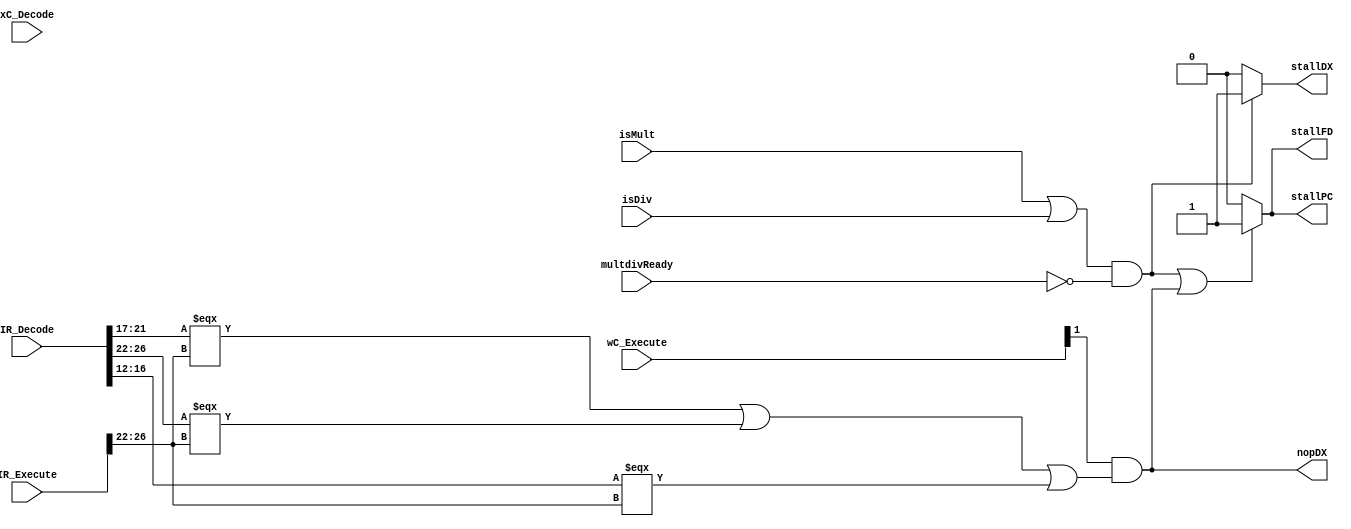
module stallUnit(IR_Decode, IR_Execute, wC_Execute, xC_Decode, isMult, isDiv, multdivReady, stallPC, stallFD, stallDX, nopDX);
    input [31:0] IR_Decode, IR_Execute;
    input isMult, isDiv, multdivReady;
    input [4:0] wC_Execute;
    input [10:0] xC_Decode;
    output stallPC, stallFD, stallDX, nopDX;

    wire stallCond;
    assign stallCond = wC_Execute[1] & ((IR_Decode[21:17] === IR_Execute[26:22]) | ((IR_Decode[26:22] === IR_Execute[26:22])) | ((IR_Decode[16:12] === IR_Execute[26:22])));
    //assign stallCond = wC_Execute[1] & ((IR_Decode[21:17] === IR_Execute[26:22]) | ((IR_Decode[26:22] === IR_Execute[26:22]) & (xC_Decode[2] | xC_Decode[1])) | ((IR_Decode[16:12] === IR_Execute[26:22]) & ~(|IR_Decode[31:27])));
    //| (xC_Decode[5] & (IR_Execute[26:22] === 5'b11110)) | (xC_Decode[4] & (IR_Execute[26:22] === IR_Decode[26:22]))
    //assign stallCond = 1'b0;
    assign stallPC = (((isMult | isDiv) & (~multdivReady)) | stallCond) ? 1'b1 : 1'b0;
    assign stallFD = (((isMult | isDiv) & (~multdivReady)) | stallCond) ? 1'b1 : 1'b0;
    assign stallDX = ((isMult | isDiv) & (~multdivReady)) ? 1'b1 : 1'b0;
    assign nopDX = stallCond; //should we insert nop to dx latch if stall due to load output to ALU input

endmodule